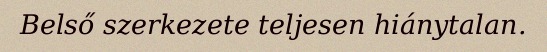
Belső szerkezete teljesen hiánytalan.